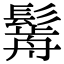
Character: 𩮣